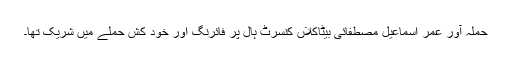
حملہ آور عمر اسماعیل مصطفائی بیٹاکلاں کنسرٹ ہال پر فائرنگ اور خود کش حملے میں شریک تھا۔